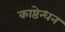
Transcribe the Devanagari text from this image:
काष्ठेन्धन